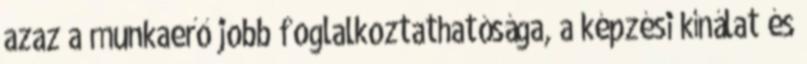
azaz a munkaerő jobb foglalkoztathatósága, a képzési kínálat és